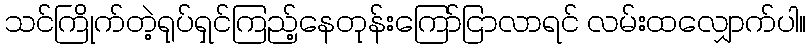
သင်ကြိုက်တဲ့ရုပ်ရှင်ကြည့်နေတုန်းကြော်ငြာလာရင် လမ်းထလျှောက်ပါ။